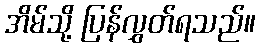
အိမ်သို့ ပြန်လွှတ်ရသည်။